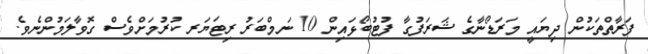
ފަރާތްތަކުން ދިޔައީ މަރަޑޯނާގެ ޝަރަފުގާ ފުޓުބޯޅައިން 10 ނަމްބަރު ރިޓަޔަރ ކުރުމަށްވެސް ގޮވާލަމުންނެވެ.